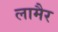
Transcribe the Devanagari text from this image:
लामैर